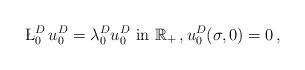
LaTeX: \begin{align*}\L_0^D \, u_0 ^D= \lambda_0^D u_0^D \mbox{ in } \mathbb R_+ \,, u_0^D(\sigma,0)=0\,,\end{align*}